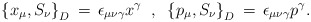
\begin{align*}\left\{ x_\mu , S_\nu \right\}_D \,=\,\epsilon_{\mu \nu \gamma} x^\gamma \;\; ,\;\;\left\{ p_\mu , S_\nu \right\}_D \,=\, \epsilon_{\mu \nu\gamma}p^\gamma.\end{align*}